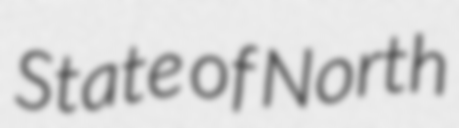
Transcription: State of North